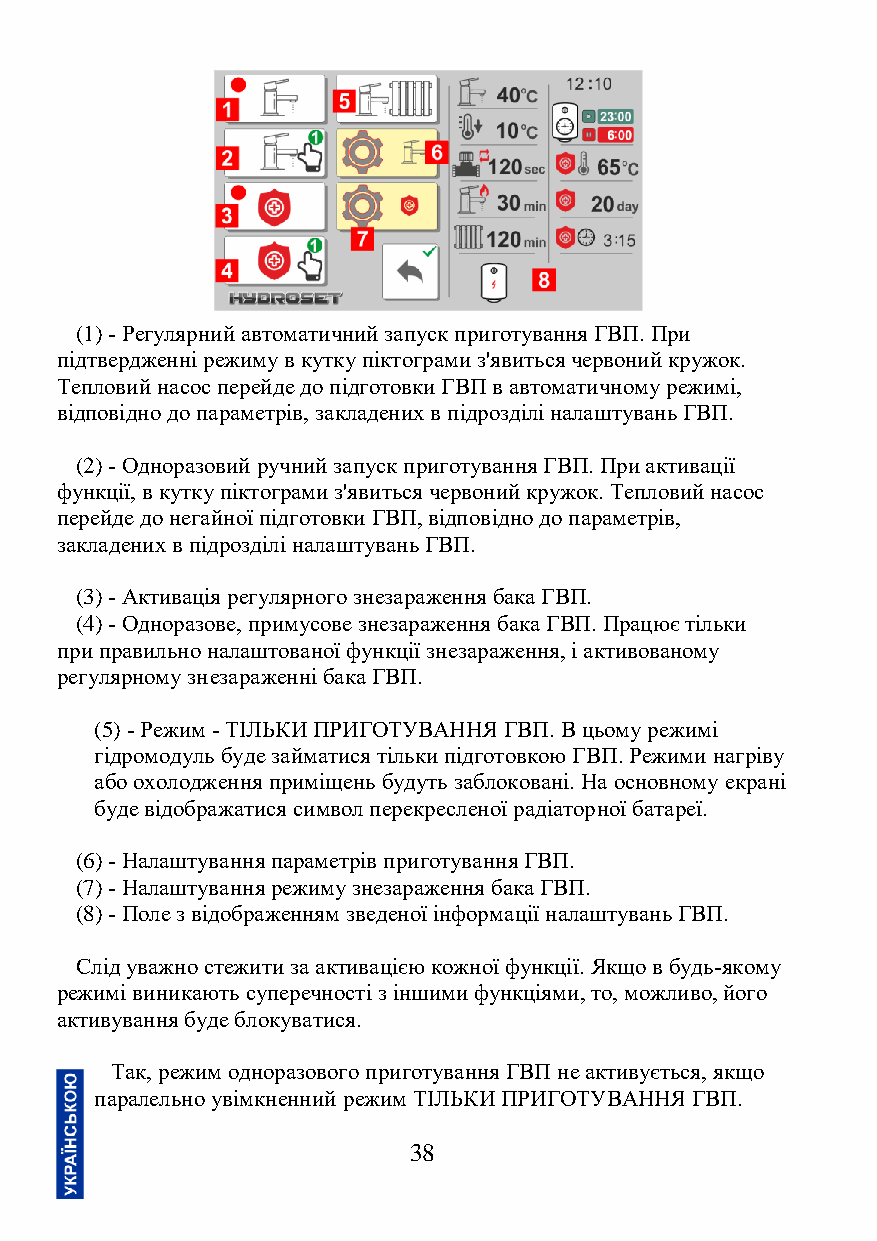
(1) - Регулярний автоматичний запуск приготування ГВП. При
 підтвердженні режиму в кутку піктограми з'явиться червоний кружок.
 Тепловий насос перейде до підготовки ГВП в автоматичному режимі,
 відповідно до параметрів, закладених в підрозділі налаштувань ГВП.
 (2) - Одноразовий ручний запуск приготування ГВП. При активації
 функції, в кутку піктограми з'явиться червоний кружок. Тепловий насос
 перейде до негайної підготовки ГВП, відповідно до параметрів,
 закладених в підрозділі налаштувань ГВП.
 (3) - Активація регулярного знезараження бака ГВП.
 (4) - Одноразове, примусове знезараження бака ГВП. Працює тільки
 при правильно налаштованої функції знезараження, і активованому
 регулярному знезараженні бака ГВП.
 (5) - Режим - ТІЛЬКИ ПРИГОТУВАННЯ ГВП. В цьому режимі
 гідромодуль буде займатися тільки підготовкою ГВП. Режими нагріву
 або охолодження приміщень будуть заблоковані. На основному екрані
 буде відображатися символ перекресленої радіаторної батареї.
 (6) - Налаштування параметрів приготування ГВП.
 (7) - Налаштування режиму знезараження бака ГВП.
 (8) - Поле з відображенням зведеної інформації налаштувань ГВП.
 Слід уважно стежити за активацією кожної функції. Якщо в будь-якому
 режимі виникають суперечності з іншими функціями, то, можливо, його
 активування буде блокуватися.
 Так, режим одноразового приготування ГВП не активується, якщо
 паралельно увімкненний режим ТІЛЬКИ ПРИГОТУВАННЯ ГВП.
 38